Madras plague regulations and rules for district municipalities and other towns and villages
Disease focus: Plague
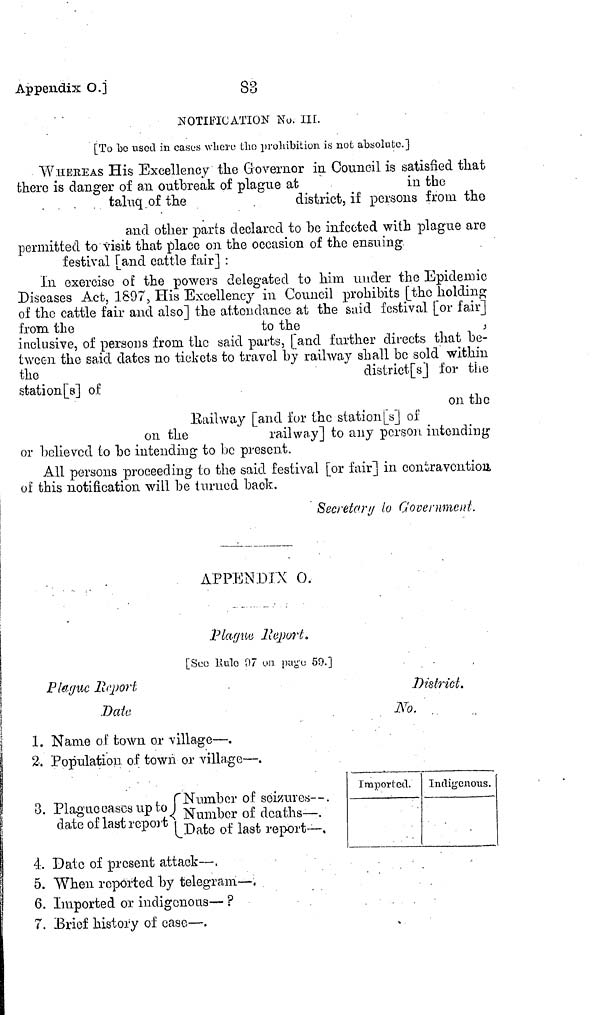
Appendix
O.]
83
NOTIFICATION No. III.
[To bo used in cases where the prohibition is not absolute.]
WHEREAS His Excellency the Governor in Council is satisfied that
there is danger of an outbreak of plague at
in the
taluq of the
district, if persons from the
and other parts declared to be infected with plague are
permitted to visit that place on the occasion of the ensuing
festival [and cattle fair] :
In exercise of the powers delegated to him under the Epidemic
Diseases Act, 1897, His Excellency in Council prohibits [the holding
of the cattle fair and also] the attendance at the said festival [or fair]
from the
to the
inclusive, of persons from the said parts, [and further directs that be-
tween the said dates no tickets to travel by railway shall be sold within
the
district[s]
for the
staton[s] of
on the
Railway [and for the station [s] of
on the
railway] to any person intending
or believed to bo intending to be present.
All persons proceeding to the said festival [or fair] in contravention
of this notification will be turned back.
Secretary to Government.
.
.
APPENDIX O.
Plague Report.
[See Rule 07 on page 59.]
Plague
Report
District.
Date
No.
1. Name of town or village—.
2. Population of town or village—.
3.
Number of seizures—.
3. Plague cases up to Numbor of deaths-.
date of last report Date of last report-.
Imported. Indigenous.
4. Date of present attack—.
5. When reported by telegram—
6. Imported or indígenous— ?
7. Brief history of case—.